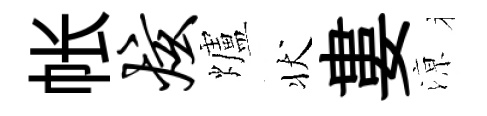
帐炫爐状婁鿌